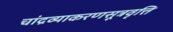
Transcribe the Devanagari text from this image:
चांद्रव्याकरणसूत्रवृत्ति